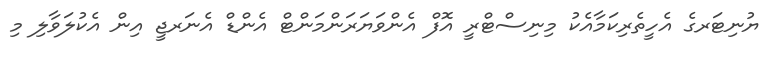
ޔުނިޓަރގެ އެހީތެރިކަމާއެކު މިނިސްޓްރީ އޮފް އެންވަޔަރަންމަންޓް އެންޑް އެނަރޖީ އިން އެކުލަވާލި މި